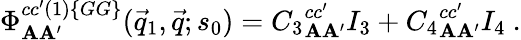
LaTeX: \Phi_{\mathbf{A}\mathbf{A}^{\prime}}^{cc^{\prime}(1)\{ GG\} }(\vec{{q}}_{1},\vec{{q}};s_{0})={C_{3}}_{\mathbf{A}\mathbf{A}^{\prime}}^{cc^{\prime}}I_{3}+{C_{4}}_{\mathbf{A}\mathbf{A}^{\prime}}^{cc^{\prime}}I_{4}~.